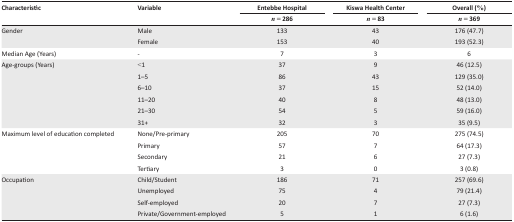
| Characteristic | Variable | Entebbe Hospital | Kiswa Health Center | Overall (%) |
 |  |  | n = 286 | n = 83 | n = 369 |
 | --- | --- | --- | --- | --- |
 | <ROWSPAN=2> Gender | Male | 133 | 43 | 176 (47.7) |
 | Female | 153 | 40 | 193 (52.3) |
 | Median Age (Years) | - | 7 | 3 | 6 |
 | <ROWSPAN=6> Age-groups (Years) | <1 | 37 | 9 | 46 (12.5) |
 | 1–5 | 86 | 43 | 129 (35.0) |
 | 6–10 | 37 | 15 | 52 (14.0) |
 | 11–20 | 40 | 8 | 48 (13.0) |
 | 21–30 | 54 | 5 | 59 (16.0) |
 | 31+ | 32 | 3 | 35 (9.5) |
 | <ROWSPAN=4> Maximum level of education completed | None/Pre-primary | 205 | 70 | 275 (74.5) |
 | Primary | 57 | 7 | 64 (17.3) |
 | Secondary | 21 | 6 | 27 (7.3) |
 | Tertiary | 3 | 0 | 3 (0.8) |
 | <ROWSPAN=4> Occupation | Child/Student | 186 | 71 | 257 (69.6) |
 | Unemployed | 75 | 4 | 79 (21.4) |
 | Self-employed | 20 | 7 | 27 (7.3) |
 | Private/Government-employed | 5 | 1 | 6 (1.6) |